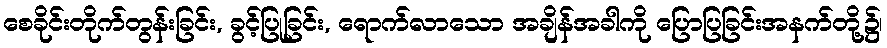
စေခိုင်းတိုက်တွန်းခြင်း, ခွင့်ပြုခြင်း, ရောက်လာသော အချိန်အခါကို ပြောပြခြင်းအနက်တို့၌၊